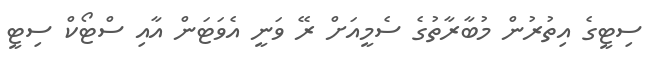
ސިޓީގެ އިތުރުން މުބާރާތުގެ ސެމީއަށް ރޭ ވަނީ އެވަޓަން އާއި ސްޓޯކް ސިޓީ